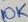
Text: 10K